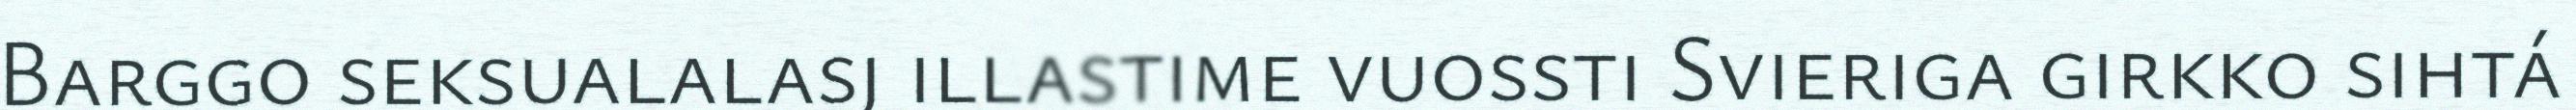
Barggo seksualalasj illastime vuossti Svieriga girkko sihtá